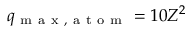
q _ { \mathrm { ~ m ~ a ~ x ~ , ~ a ~ t ~ o ~ m ~ } } = 1 0 Z ^ { 2 }